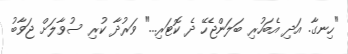
"ހިނގާ. އަދި އެބަހުރި ބަލަންޖެހޭ ދެ ކޮޓަރި..." ވަރުދާ ކުރި ސުވާލަށް ޖަވާބު